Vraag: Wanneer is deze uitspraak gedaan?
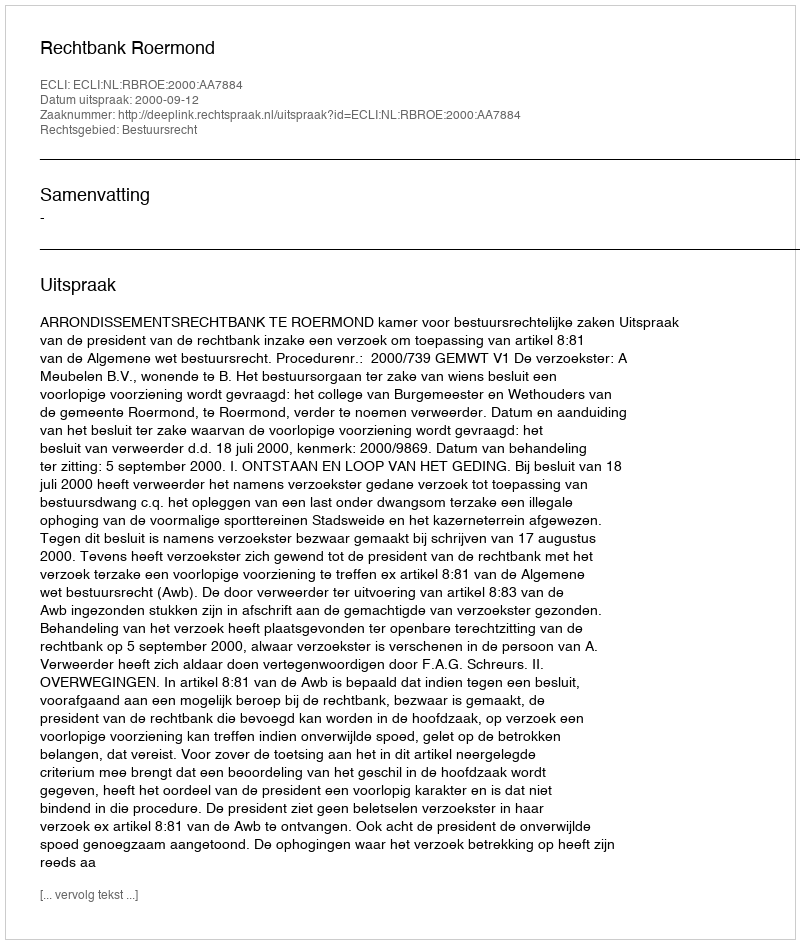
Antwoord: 2000-09-12